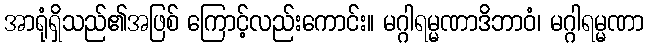
အာရုံရှိသည်၏အဖြစ် ကြောင့်လည်းကောင်း။ မဂ္ဂါရမ္မဏာဒိဘာဝံ၊ မဂ္ဂါရမ္မဏာ